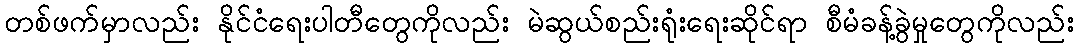
တစ်ဖက်မှာလည်း နိုင်ငံရေးပါတီတွေကိုလည်း မဲဆွယ်စည်းရုံးရေးဆိုင်ရာ စီမံခန့်ခွဲမှုတွေကိုလည်း